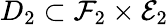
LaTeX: D_{2}\subset\mathcal{F}_{2}\times\mathcal{E}_{2}